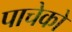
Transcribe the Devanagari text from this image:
पाचेको